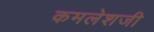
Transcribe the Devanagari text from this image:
कमलेशजी